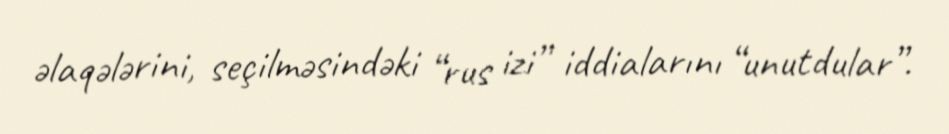
əlaqələrini, seçilməsindəki “rus izi” iddialarını “unutdular”.